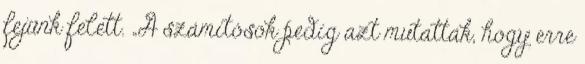
fejünk felett. „A számítósok pedig azt mutatták, hogy erre